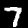
Digit: 7